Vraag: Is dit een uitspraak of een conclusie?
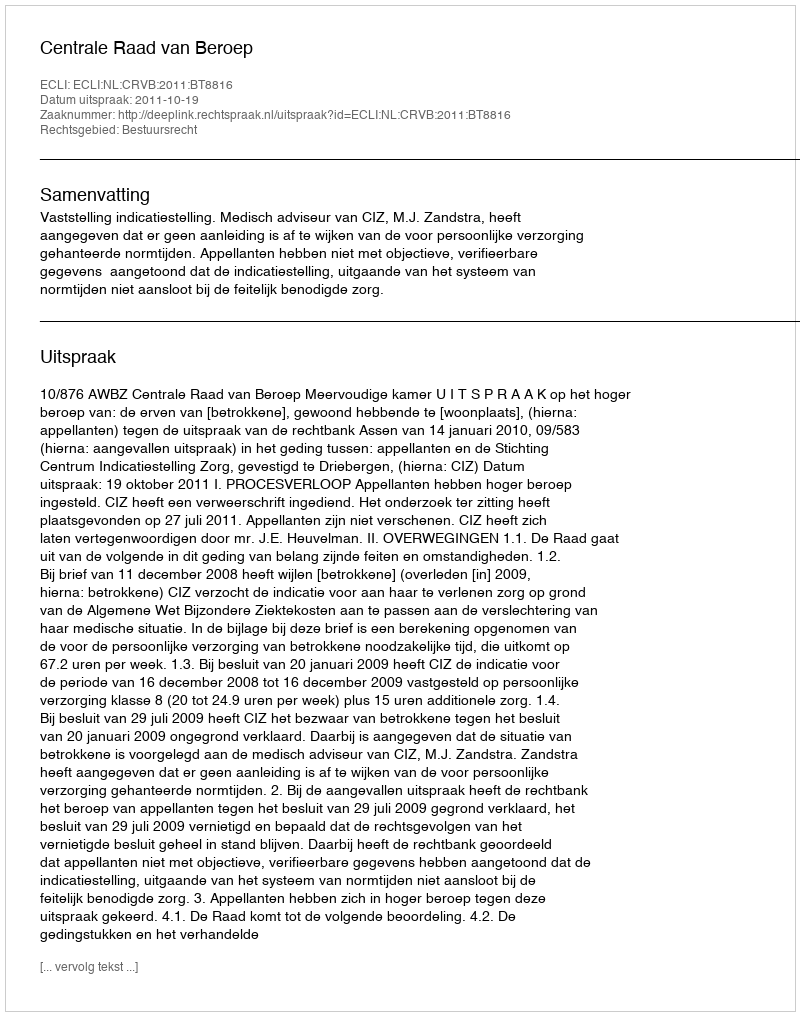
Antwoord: Uitspraak